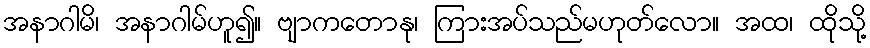
အနာဂါမိ၊ အနာဂါမ်ဟူ၍။ ဗျာကတောနု၊ ကြားအပ်သည်မဟုတ်လော။ အထ၊ ထိုသို့